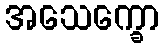
အသေက္ခော